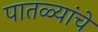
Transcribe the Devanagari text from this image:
पातळ्यांचे